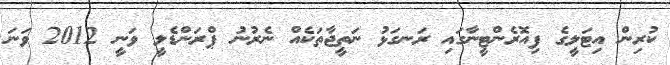
ކުރިން އިޓަލީގެ ފިއޮރެންޓީނާގައި ރަނގަޅު ނަތީޖާތަކެއް ނެރުނު ޕްރަންޑެލީ ވަނީ 2012 ވަނަ